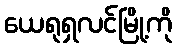
ယေရုရှလင်မြို့ကို